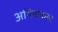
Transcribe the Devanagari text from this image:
अथियाकरम